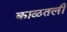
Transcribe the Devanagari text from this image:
काळतली